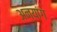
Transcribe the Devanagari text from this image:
अन्यांग